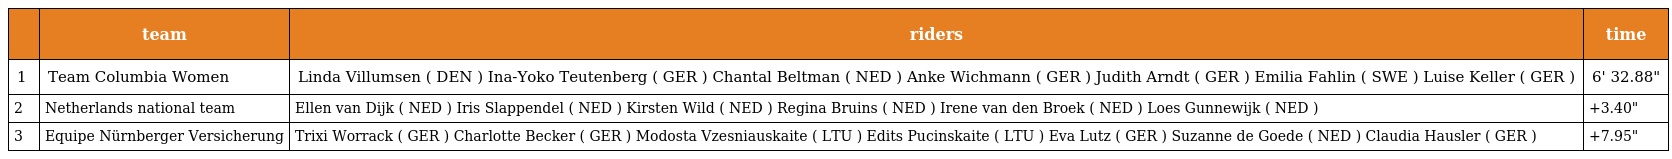
|  | team | riders | time |
 | --- | --- | --- | --- |
 | 1 | Team Columbia Women | Linda Villumsen ( DEN ) Ina-Yoko Teutenberg ( GER ) Chantal Beltman ( NED ) Anke Wichmann ( GER ) Judith Arndt ( GER ) Emilia Fahlin ( SWE ) Luise Keller ( GER ) | 6' 32.88" |
 | 2 | Netherlands national team | Ellen van Dijk ( NED ) Iris Slappendel ( NED ) Kirsten Wild ( NED ) Regina Bruins ( NED ) Irene van den Broek ( NED ) Loes Gunnewijk ( NED ) | +3.40" |
 | 3 | Equipe Nürnberger Versicherung | Trixi Worrack ( GER ) Charlotte Becker ( GER ) Modosta Vzesniauskaite ( LTU ) Edits Pucinskaite ( LTU ) Eva Lutz ( GER ) Suzanne de Goede ( NED ) Claudia Hausler ( GER ) | +7.95" |